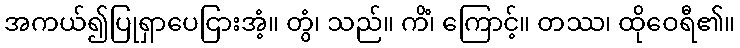
အကယ်၍ပြုရှာပေငြားအံ့။ တွံ၊ သည်။ ကိံ၊ ကြောင့်။ တဿ၊ ထိုဝေရီ၏။